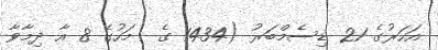
އަހަރުގެ 21 ޑިސެމްބަރު (1434 ގެ  މަހުގެ 8 އާ ދިމާވާ